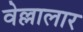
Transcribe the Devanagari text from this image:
वेल्लालार